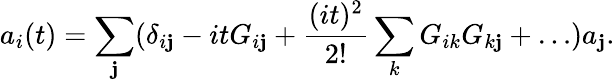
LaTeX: a_{i}(t)=\sum_{\mathbf{j}}(\delta_{i\mathbf{j}}-itG_{i\mathbf{j}}+{\frac{{(it)^{2}}}{{2!}}}\sum_{k}G_{ik}G_{k\mathbf{j}}+\dots)a_{\mathbf{j}}.